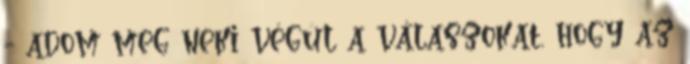
- adom meg neki végül a válaszokat, hogy az